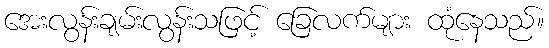
အေးလွန်းချမ်းလွန်းသဖြင့် ခြေလက်များ ထုံနေသည်။